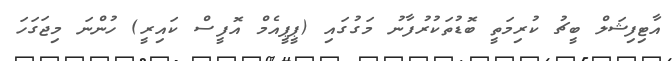
އާޓިފިޝަލް ބީޗު ކުރިމަތީ ބޮޑުތަކުރުފާނު މަގުގައި (ޕީޕީއެމް އޮފީސް ކައިރީ) ހުންނަ މިޖަގަހަ